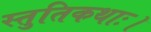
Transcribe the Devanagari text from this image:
स्तुतिकथाः।